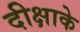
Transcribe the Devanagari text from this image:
दीक्षाके